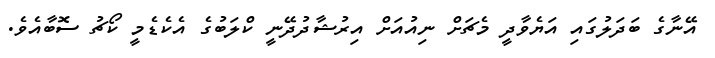
އޭނާގެ ބަދަލުގައި އަޔެވާދީ މެޗަށް ނިއުއަށް އިރުޝާދުދޭނީ ކްލަބުގެ އެކެޑެމީ ކޯޗު ސޮބާއެވެ.